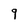
Character: 9